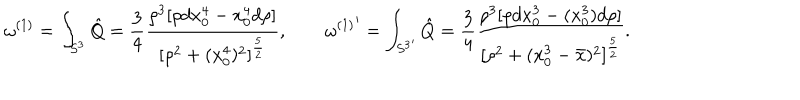
\omega ^ { ( 1 ) } = \int _ { S ^ { 3 } } \hat { Q } = { \frac { 3 } { 4 } } { \frac { \rho ^ { 3 } [ \rho d x _ { 0 } ^ { 4 } - x _ { 0 } ^ { 4 } d \rho ] } { [ \rho ^ { 2 } + ( x _ { 0 } ^ { 4 } ) ^ { 2 } ] ^ { \frac { 5 } { 2 } } } } , \quad \quad { \omega ^ { ( 1 ) } } ^ { \prime } = \int _ { { S ^ { 3 } } ^ { \prime } } \hat { Q } = { \frac { 3 } { 4 } } { \frac { \rho ^ { 3 } [ \rho d x _ { 0 } ^ { 3 } - ( x _ { 0 } ^ { 3 } ) d \rho ] } { [ \rho ^ { 2 } + ( x _ { 0 } ^ { 3 } - \bar { x } ) ^ { 2 } ] ^ { \frac { 5 } { 2 } } } } .